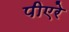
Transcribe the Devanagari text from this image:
पीएरे